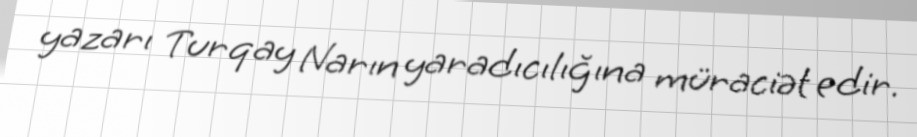
yazarı Turqay Narın yaradıcılığına müraciət edir.